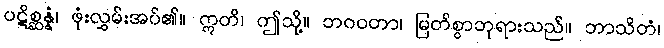
ပဋိစ္ဆန္နံ၊ ဖုံးလွှမ်းအပ်၏။ ဣတိ၊ ဤသို့။ ဘဂဝတာ၊ မြတ်စွာဘုရားသည်။ ဘာသိတံ၊